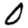
Digit: 0